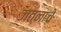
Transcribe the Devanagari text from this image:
जतनाचे